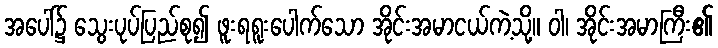
အပေါ်၌ သွေးပုပ်ပြည်စု၍ ဖူးရရူးပေါက်သော အိုင်းအမာငယ်ကဲ့သို့။ ဝါ၊ အိုင်းအမာကြီး၏